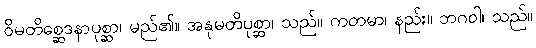
ဝိမတိစ္ဆေဒနာပုစ္ဆာ၊ မည်၏။ အနုမတိပုစ္ဆာ၊ သည်။ ကတမာ၊ နည်း။ ဘဂဝါ၊ သည်။